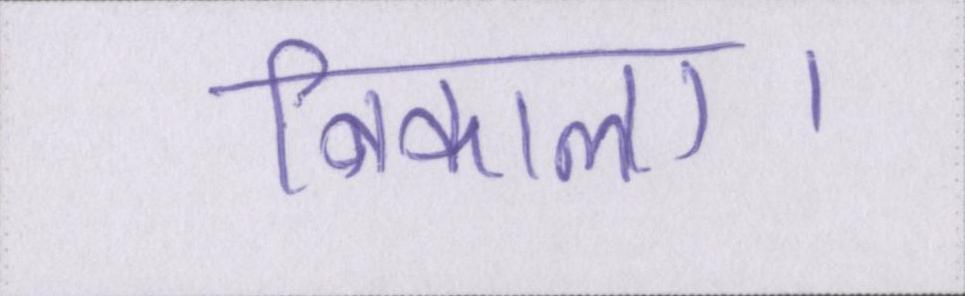
निकाला।